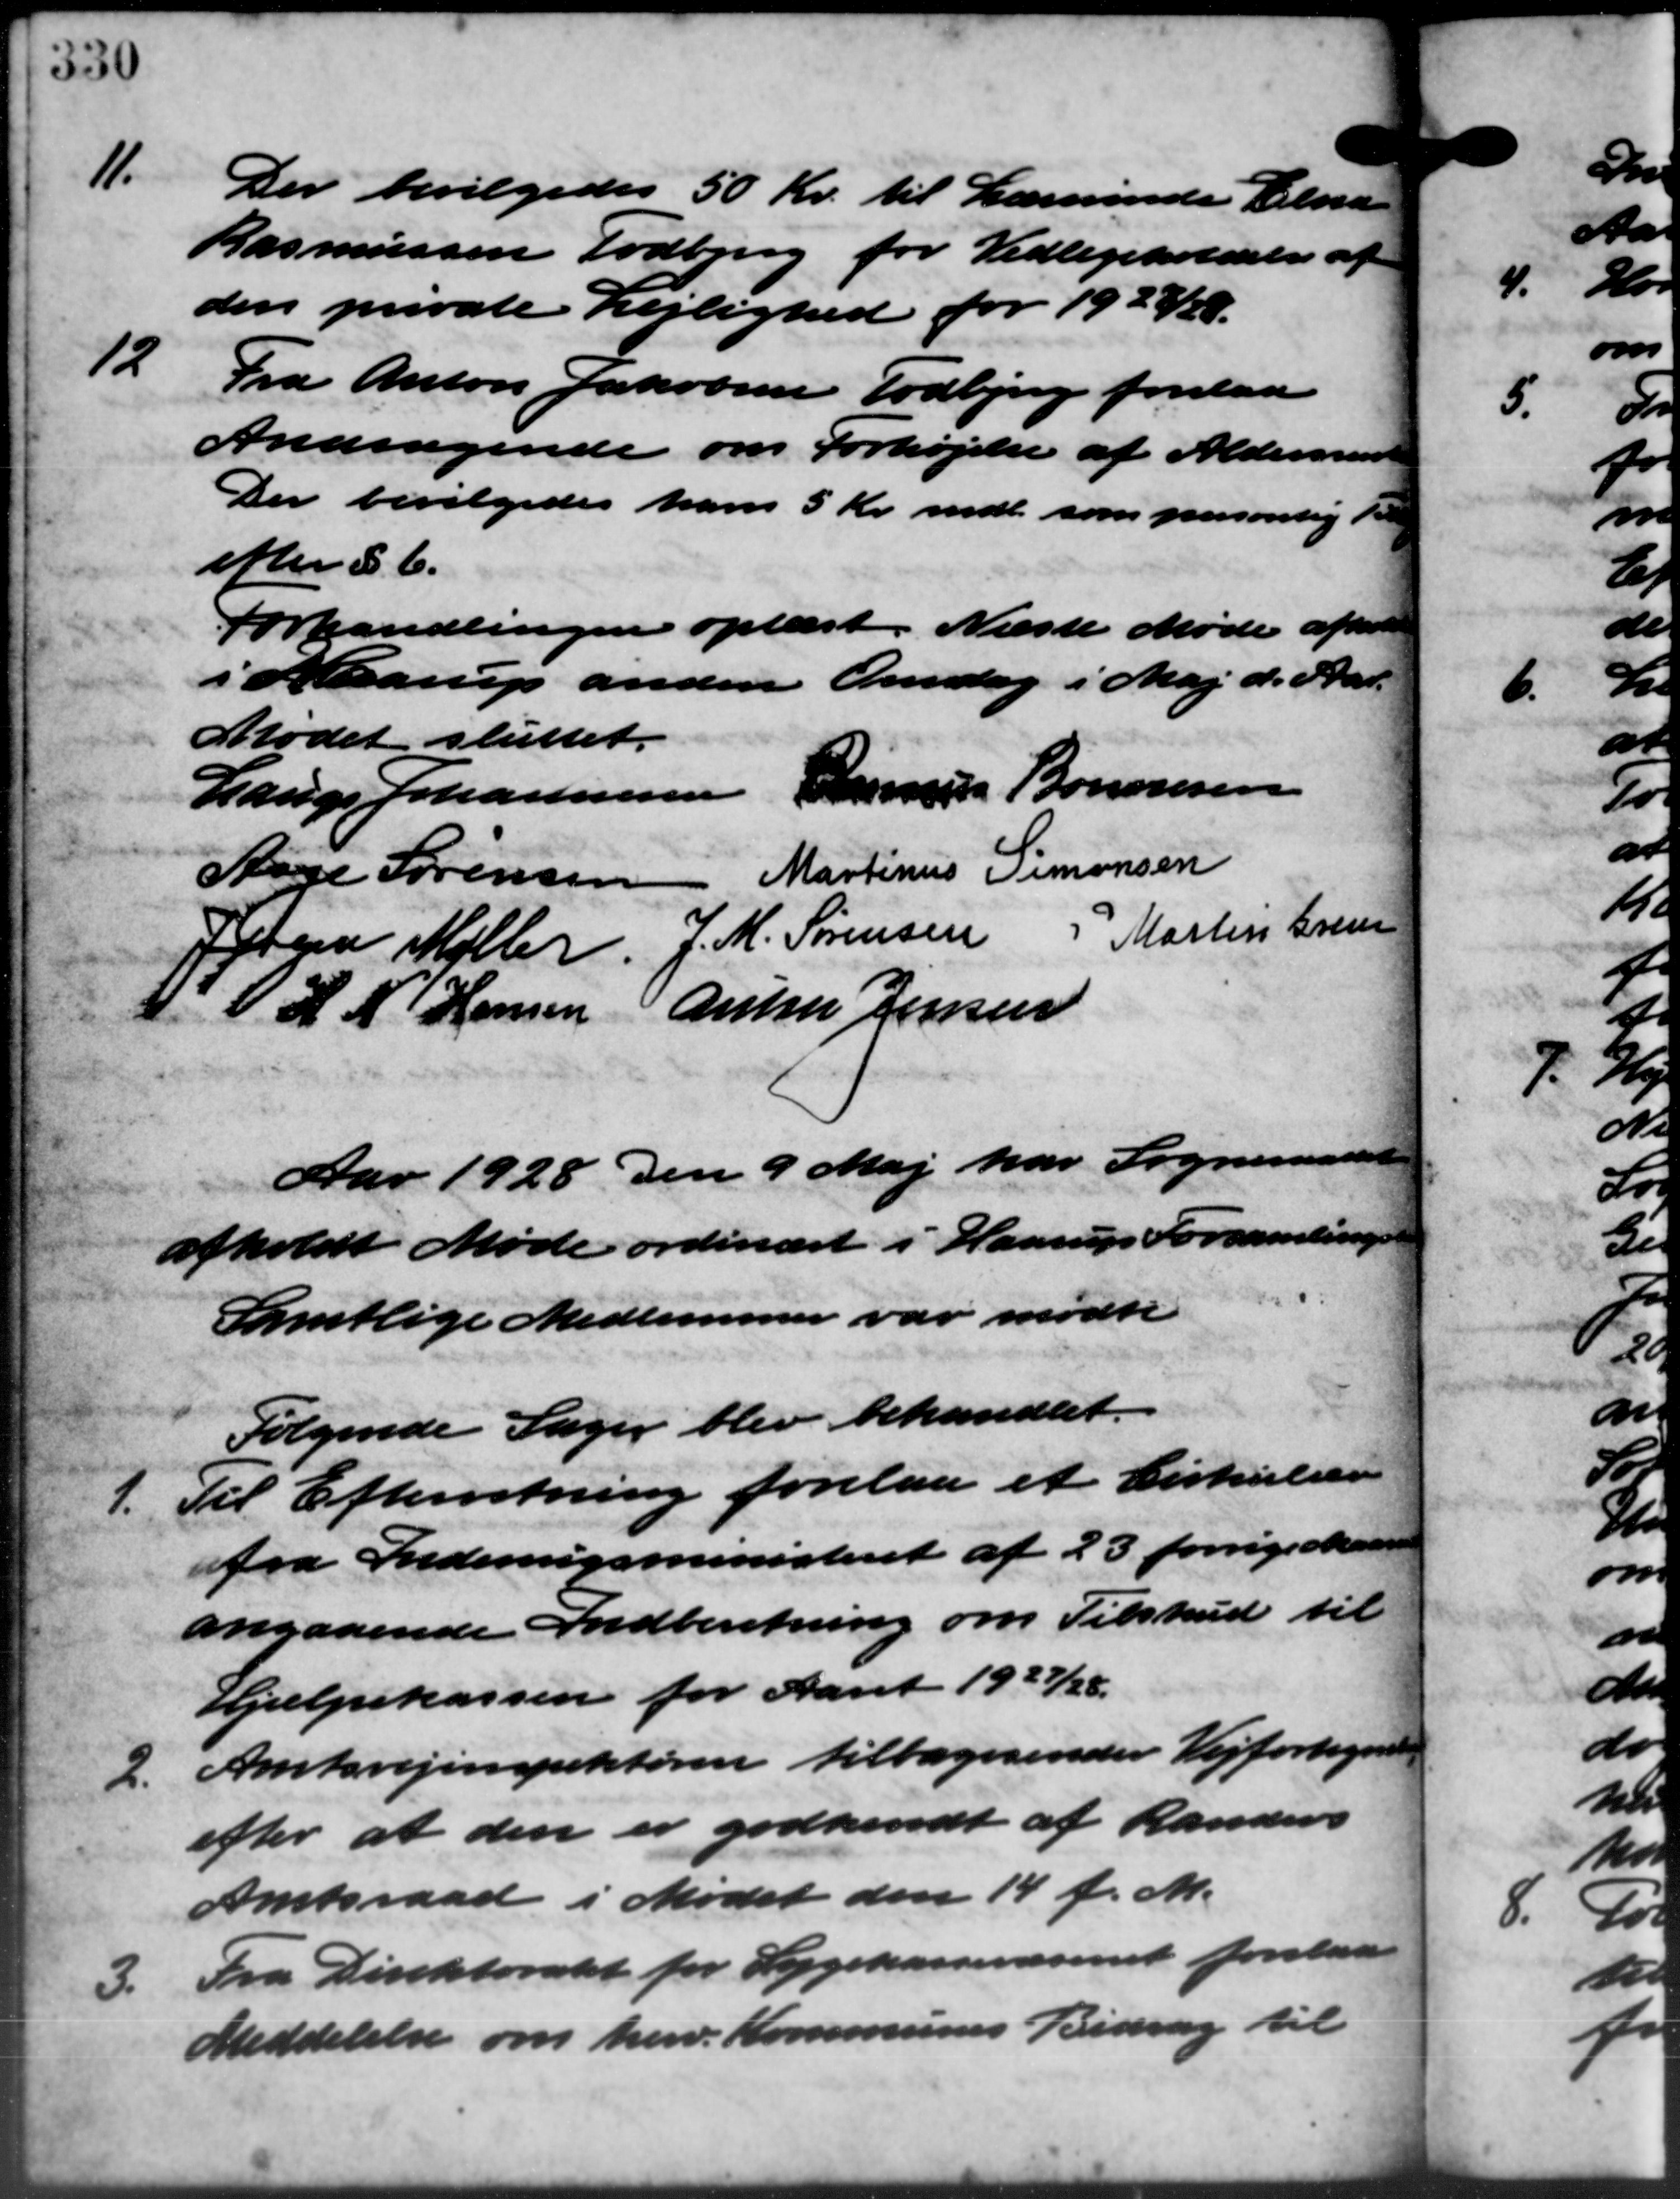
Transskription:
330
11.
12

Der bevilgedes 50 Kr. til Lærerinde Elsa
Rasmussen Todbjerg for Vedligeholdelse af
den private Lejlighed for 1929/30.
Fra Anton Jakobsen Todbjerg forelaa
Andragende om Forhøjelse af Aldersrente
Der bevilgedes hans 5 Kr. mdl. som personlig for
efter § 6.
Forhandlingen oplæst. Næste Møde afhold
i Haarup anden Onsdag i Maj d. Aar.
Mødet sluttet.
Lauge Johannesen Rasmus Bonnesen
Aage Sørensen Martinus Simonsen
Petra Møller J. M. Sørensen Martin Grev
 R H Hansen Anton Jensen
Aar 1928 den 9 Maj har Sogneraadet
afholdt Møde ordinært i Haarup Forsamlings
Samtlige Medlemmer var mødte
Følgende Sager blev behandlet.
Til Efterretning forelaa et Cirkulære
1.
fra Indenrigsministeriet af 23 forrigsskat
angaaende Indberetning om Tilskud til
Hjælpekassen for Aaret 1927/28.
2. Amtsvejinspektøren tilbagesender Vejfortegere
2. Amtsvejinspektøren tilbagesender Vejfortegere
efter at den er godkendt af Randers
Amtsraad i Mødet den 14 f. M.
3. Fra Direktoratet for Sygekassevæsenet forelaa
3. Fra Direktoratet for Sygekassevæsenet forelaa
Meddelelse om herv. Kommunes Bidrag til